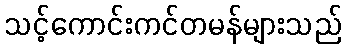
သင့်ကောင်းကင်တမန်များသည်